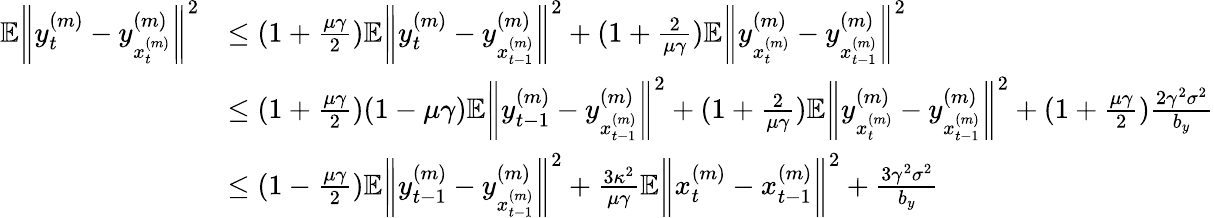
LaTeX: \begin{array}{rl}{\mathbb{E}\bigg\| y_{t}^{(m)}-y_{x_{t}^{(m)}}^{(m)}\bigg\| ^{2}}&{\leq(1+\frac{\mu\gamma}{2})\mathbb{E}\bigg\| y_{t}^{(m)}-y_{x_{t-1}^{(m)}}^{(m)}\bigg\| ^{2}+(1+\frac{2}{\mu\gamma})\mathbb{E}\bigg\| y_{x_{t}^{(m)}}^{(m)}-y_{x_{t-1}^{(m)}}^{(m)}\bigg\| ^{2}}\\ &{\leq(1+\frac{\mu\gamma}{2})(1-\mu\gamma)\mathbb{E}\bigg\| y_{t-1}^{(m)}-y_{x_{t-1}^{(m)}}^{(m)}\bigg\| ^{2}+(1+\frac{2}{\mu\gamma})\mathbb{E}\bigg\| y_{x_{t}^{(m)}}^{(m)}-y_{x_{t-1}^{(m)}}^{(m)}\bigg\| ^{2}+(1+\frac{\mu\gamma}{2})\frac{2\gamma^{2}\sigma^{2}}{b_{y}}}\\ &{\leq(1-\frac{\mu\gamma}{2})\mathbb{E}\bigg\| y_{t-1}^{(m)}-y_{x_{t-1}^{(m)}}^{(m)}\bigg\| ^{2}+\frac{3\kappa^{2}}{\mu\gamma}\mathbb{E}\bigg\| x_{t}^{(m)}-x_{t-1}^{(m)}\bigg\| ^{2}+\frac{3\gamma^{2}\sigma^{2}}{b_{y}}}\end{array}